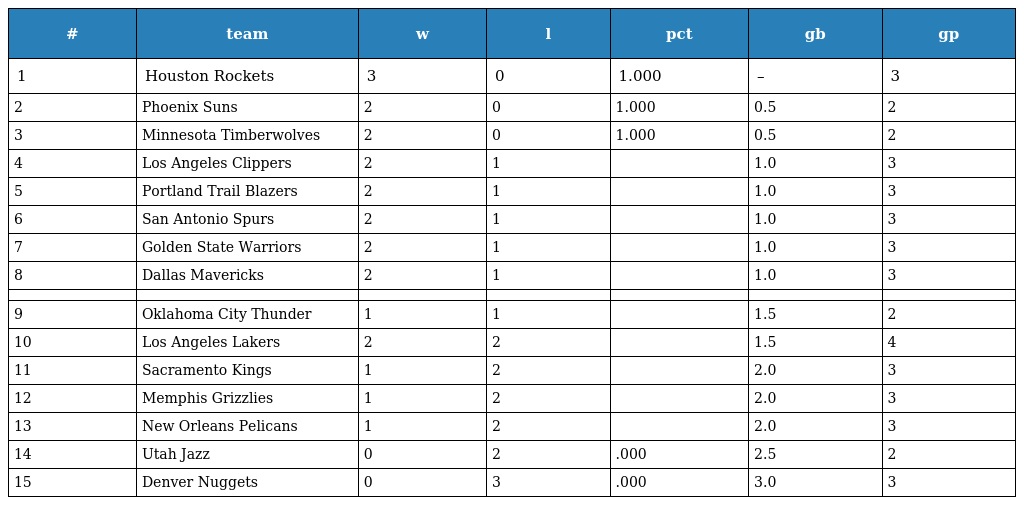
| # | team | w | l | pct | gb | gp |
 | --- | --- | --- | --- | --- | --- | --- |
 | 1 | Houston Rockets | 3 | 0 | 1.000 | – | 3 |
 | 2 | Phoenix Suns | 2 | 0 | 1.000 | 0.5 | 2 |
 | 3 | Minnesota Timberwolves | 2 | 0 | 1.000 | 0.5 | 2 |
 | 4 | Los Angeles Clippers | 2 | 1 |  | 1.0 | 3 |
 | 5 | Portland Trail Blazers | 2 | 1 |  | 1.0 | 3 |
 | 6 | San Antonio Spurs | 2 | 1 |  | 1.0 | 3 |
 | 7 | Golden State Warriors | 2 | 1 |  | 1.0 | 3 |
 | 8 | Dallas Mavericks | 2 | 1 |  | 1.0 | 3 |
 |  |  |  |  |  |  |  |
 | 9 | Oklahoma City Thunder | 1 | 1 |  | 1.5 | 2 |
 | 10 | Los Angeles Lakers | 2 | 2 |  | 1.5 | 4 |
 | 11 | Sacramento Kings | 1 | 2 |  | 2.0 | 3 |
 | 12 | Memphis Grizzlies | 1 | 2 |  | 2.0 | 3 |
 | 13 | New Orleans Pelicans | 1 | 2 |  | 2.0 | 3 |
 | 14 | Utah Jazz | 0 | 2 | .000 | 2.5 | 2 |
 | 15 | Denver Nuggets | 0 | 3 | .000 | 3.0 | 3 |